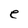
Character: e